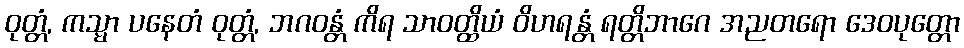
ဝုတ္တံ, ကသ္မာ ပနေတံ ဝုတ္တံ, ဘဂဝန္တံ ကိရ သာဝတ္ထိယံ ဝိဟရန္တံ ရတ္တိဘာဂေ အညတရော ဒေဝပုတ္တော